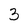
Character: 3